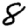
Digit: 8